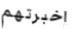
اخبرتهم